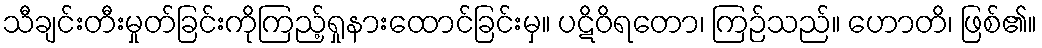
သီချင်းတီးမှုတ်ခြင်းကိုကြည့်ရှုနားထောင်ခြင်းမှ။ ပဋိဝိရတော၊ ကြဉ်သည်။ ဟောတိ၊ ဖြစ်၏။